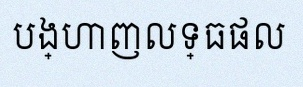
បង្ហាញលទ្ធផល